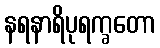
နရနာရိပုရက္ခတော